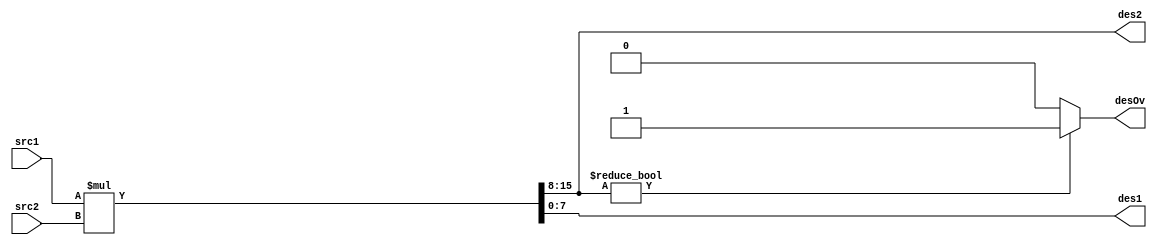
module oc8051_multiply (src1, src2, des1, des2, desOv);
//
// this module is part of alu
// src1         (in)  first operand
// src2         (in)  second operand
// des1         (out) first result
// des2         (out) second result
// desOv        (out) Overflow output
//

input [7:0] src1, src2;
output desOv;
output [7:0] des1, des2;
reg desOv; reg [7:0] des1, des2;

always @(src1 or src2)
begin
  {des2, des1} = src1* src2;
  if (des2!=8'b00000000)
    desOv = 1'b1;
  else
    desOv = 1'b0;
end

endmodule